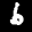
Label: 6